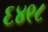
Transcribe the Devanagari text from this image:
६४९८